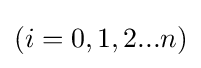
(i=0,1,2...n)